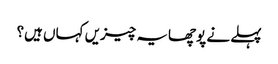
پہلے نے پوچھایہ چیزیں کہاں ہیں؟